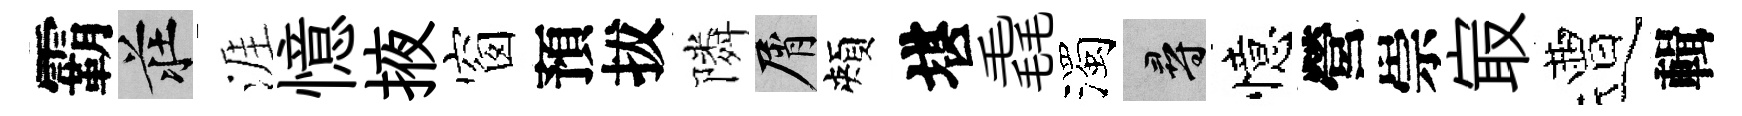
霸莊涯憶掖窗預拔隣屑頰堪毳濁尋憶營崇㝡遭輯